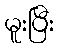
မူးပြီး